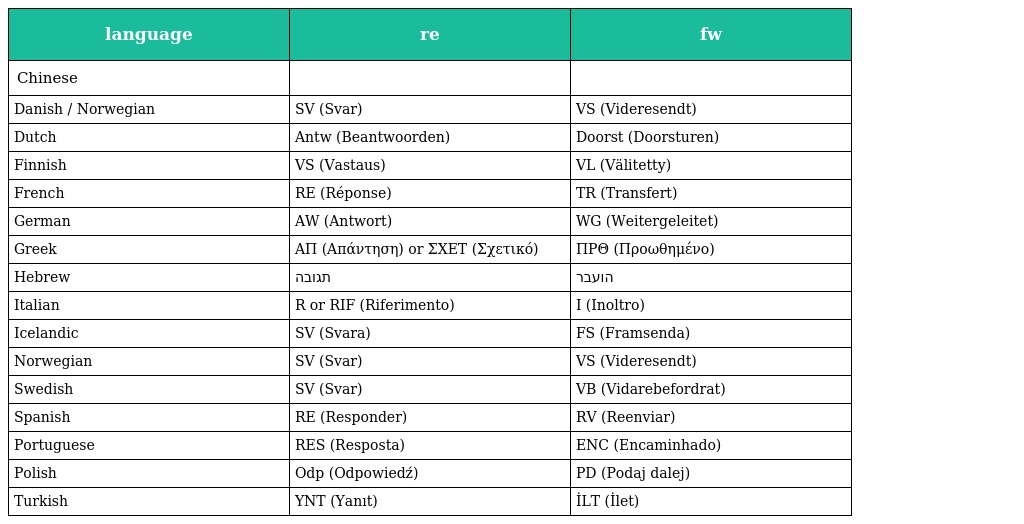
| language | re | fw |
 | --- | --- | --- |
 | Chinese | 回复 | 转发 |
 | Danish / Norwegian | SV (Svar) | VS (Videresendt) |
 | Dutch | Antw (Beantwoorden) | Doorst (Doorsturen) |
 | Finnish | VS (Vastaus) | VL (Välitetty) |
 | French | RE (Réponse) | TR (Transfert) |
 | German | AW (Antwort) | WG (Weitergeleitet) |
 | Greek | ΑΠ (Απάντηση) or ΣΧΕΤ (Σχετικό) | ΠΡΘ (Προωθημένο) |
 | Hebrew | תגובה | הועבר |
 | Italian | R or RIF (Riferimento) | I (Inoltro) |
 | Icelandic | SV (Svara) | FS (Framsenda) |
 | Norwegian | SV (Svar) | VS (Videresendt) |
 | Swedish | SV (Svar) | VB (Vidarebefordrat) |
 | Spanish | RE (Responder) | RV (Reenviar) |
 | Portuguese | RES (Resposta) | ENC (Encaminhado) |
 | Polish | Odp (Odpowiedź) | PD (Podaj dalej) |
 | Turkish | YNT (Yanıt) | İLT (İlet) |